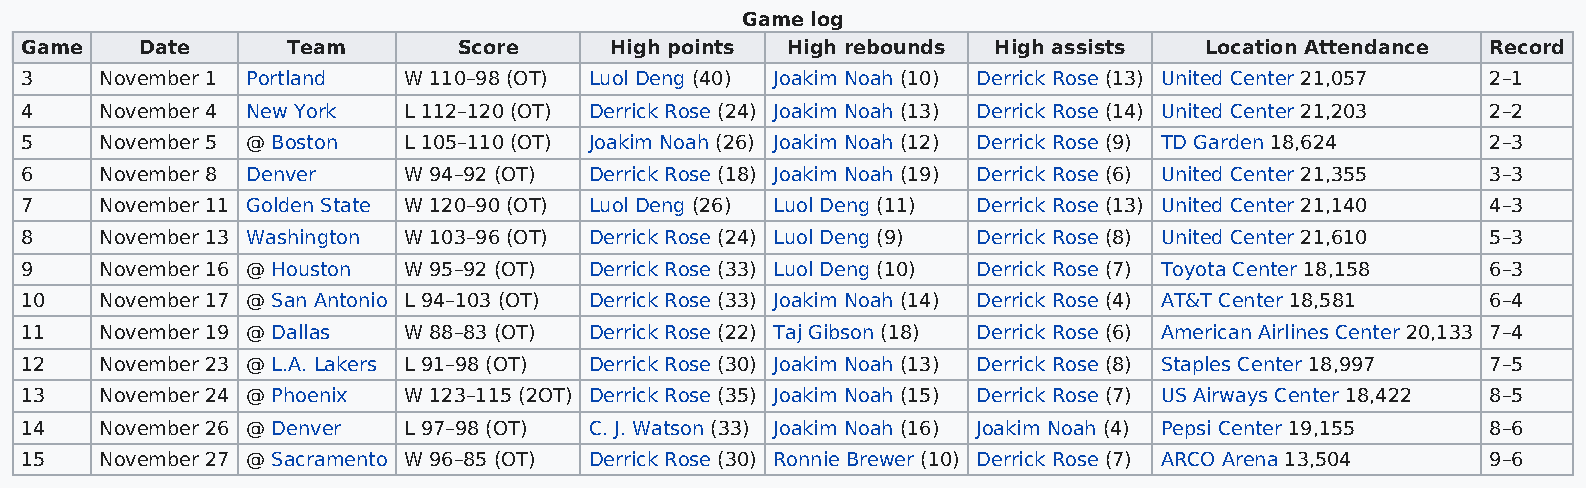
Game log
 Game    Date      Team       Score     High points High rebounds High assists  Location Attendance Record
 3     November 1 Portland W 110–98 (OT) Luol Deng (40) Joakim Noah (10) Derrick Rose (13) United Center 21,057 2–1
 4     November 4 New York L 112–120 (OT) Derrick Rose (24) Joakim Noah (13) Derrick Rose (14) United Center 21,203 2–2
 5     November 5 @ Boston L 105–110 (OT) Joakim Noah (26) Joakim Noah (12) Derrick Rose (9) TD Garden 18,624 2–3
 6     November 8 Denver   W 94–92 (OT) Derrick Rose (18) Joakim Noah (19) Derrick Rose (6) United Center 21,355 3–3
 7     November 11 Golden State W 120–90 (OT) Luol Deng (26) Luol Deng (11) Derrick Rose (13) United Center 21,140 4–3
 8     November 13 Washington W 103–96 (OT) Derrick Rose (24) Luol Deng (9) Derrick Rose (8) United Center 21,610 5–3
 9     November 16 @ Houston W 95–92 (OT) Derrick Rose (33) Luol Deng (10) Derrick Rose (7) Toyota Center 18,158 6–3
 10    November 17 @ San Antonio L 94–103 (OT) Derrick Rose (33) Joakim Noah (14) Derrick Rose (4) AT&T Center 18,581 6–4
 11    November 19 @ Dallas W 88–83 (OT) Derrick Rose (22) Taj Gibson (18) Derrick Rose (6) American Airlines Center 20,133 7–4
 12    November 23 @ L.A. Lakers L 91–98 (OT) Derrick Rose (30) Joakim Noah (13) Derrick Rose (8) Staples Center 18,997 7–5
 13    November 24 @ Phoenix W 123–115 (2OT) Derrick Rose (35) Joakim Noah (15) Derrick Rose (7) US Airways Center 18,422 8–5
 14    November 26 @ Denver L 97–98 (OT) C. J. Watson (33) Joakim Noah (16) Joakim Noah (4) Pepsi Center 19,155 8–6
 15    November 27 @ Sacramento W 96–85 (OT) Derrick Rose (30) Ronnie Brewer (10) Derrick Rose (7) ARCO Arena 13,504 9–6